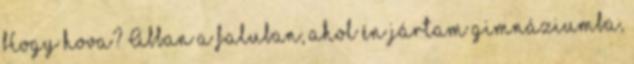
Hogy hova? Abban a faluban, ahol én jártam gimnáziumba,